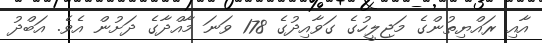
އާއި ރައްޔިތުންގެ މަޖިލީހުގެ ގަވާއިދުގެ 178 ވަނަ މާއްދާގެ ދަށުން އެވެ. އަބްދު